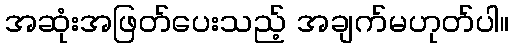
အဆုံးအဖြတ်ပေးသည့် အချက်မဟုတ်ပါ။